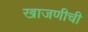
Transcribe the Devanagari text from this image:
खाजणीची